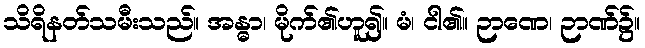
သိရိနတ်သမီးသည်။ အန္ဓာ၊ မိုက်၏ဟူ၍။ မံ၊ ငါ၏။ ဉာဏေ၊ ဉာဏ်၌။